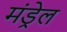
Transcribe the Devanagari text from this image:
मंड्रेल